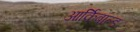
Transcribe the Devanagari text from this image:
आर्क़िबाल्ड